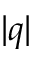
| q |